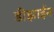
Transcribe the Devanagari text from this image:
डीझाईन